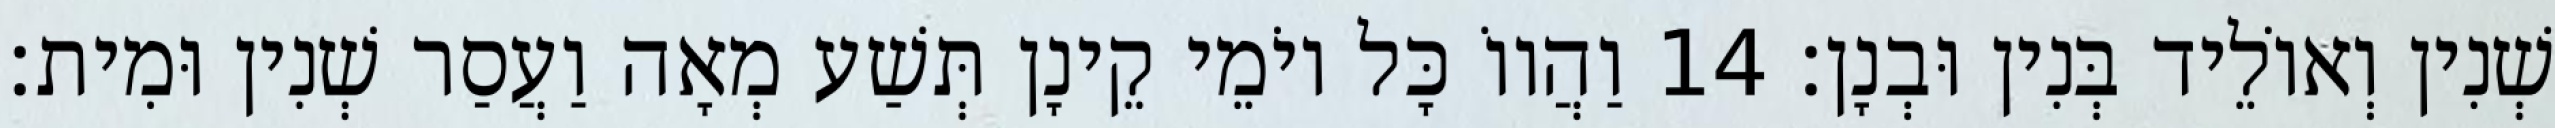
שְׁנִין וְאוֹלֵיד בְּנִין וּבְנָן׃ 14 וַהֲווֹ כָּל יוֹמֵי קֵינָן תְּשַׁע מְאָה וַעֲסַר שְׁנִין וּמִית׃